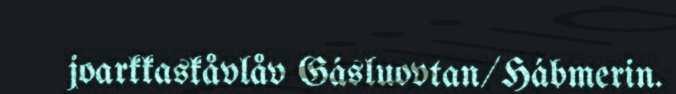
joarkkaskåvlåv Gásluovtan/Hábmerin.